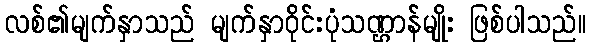
လစ်၏မျက်နှာသည် မျက်နှာဝိုင်းပုံသဏ္ဌာန်မျိုး ဖြစ်ပါသည်။